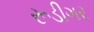
રૂડીગર